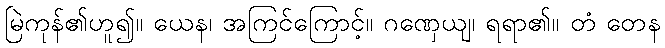
မြဲကုန်၏ဟူ၍။ ယေန၊ အကြင်ကြောင့်။ ဂဏှေယျ၊ ရရာ၏။ တံ တေန